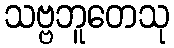
သဗ္ဗဘူတေသု